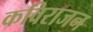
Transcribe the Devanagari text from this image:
कविराजन